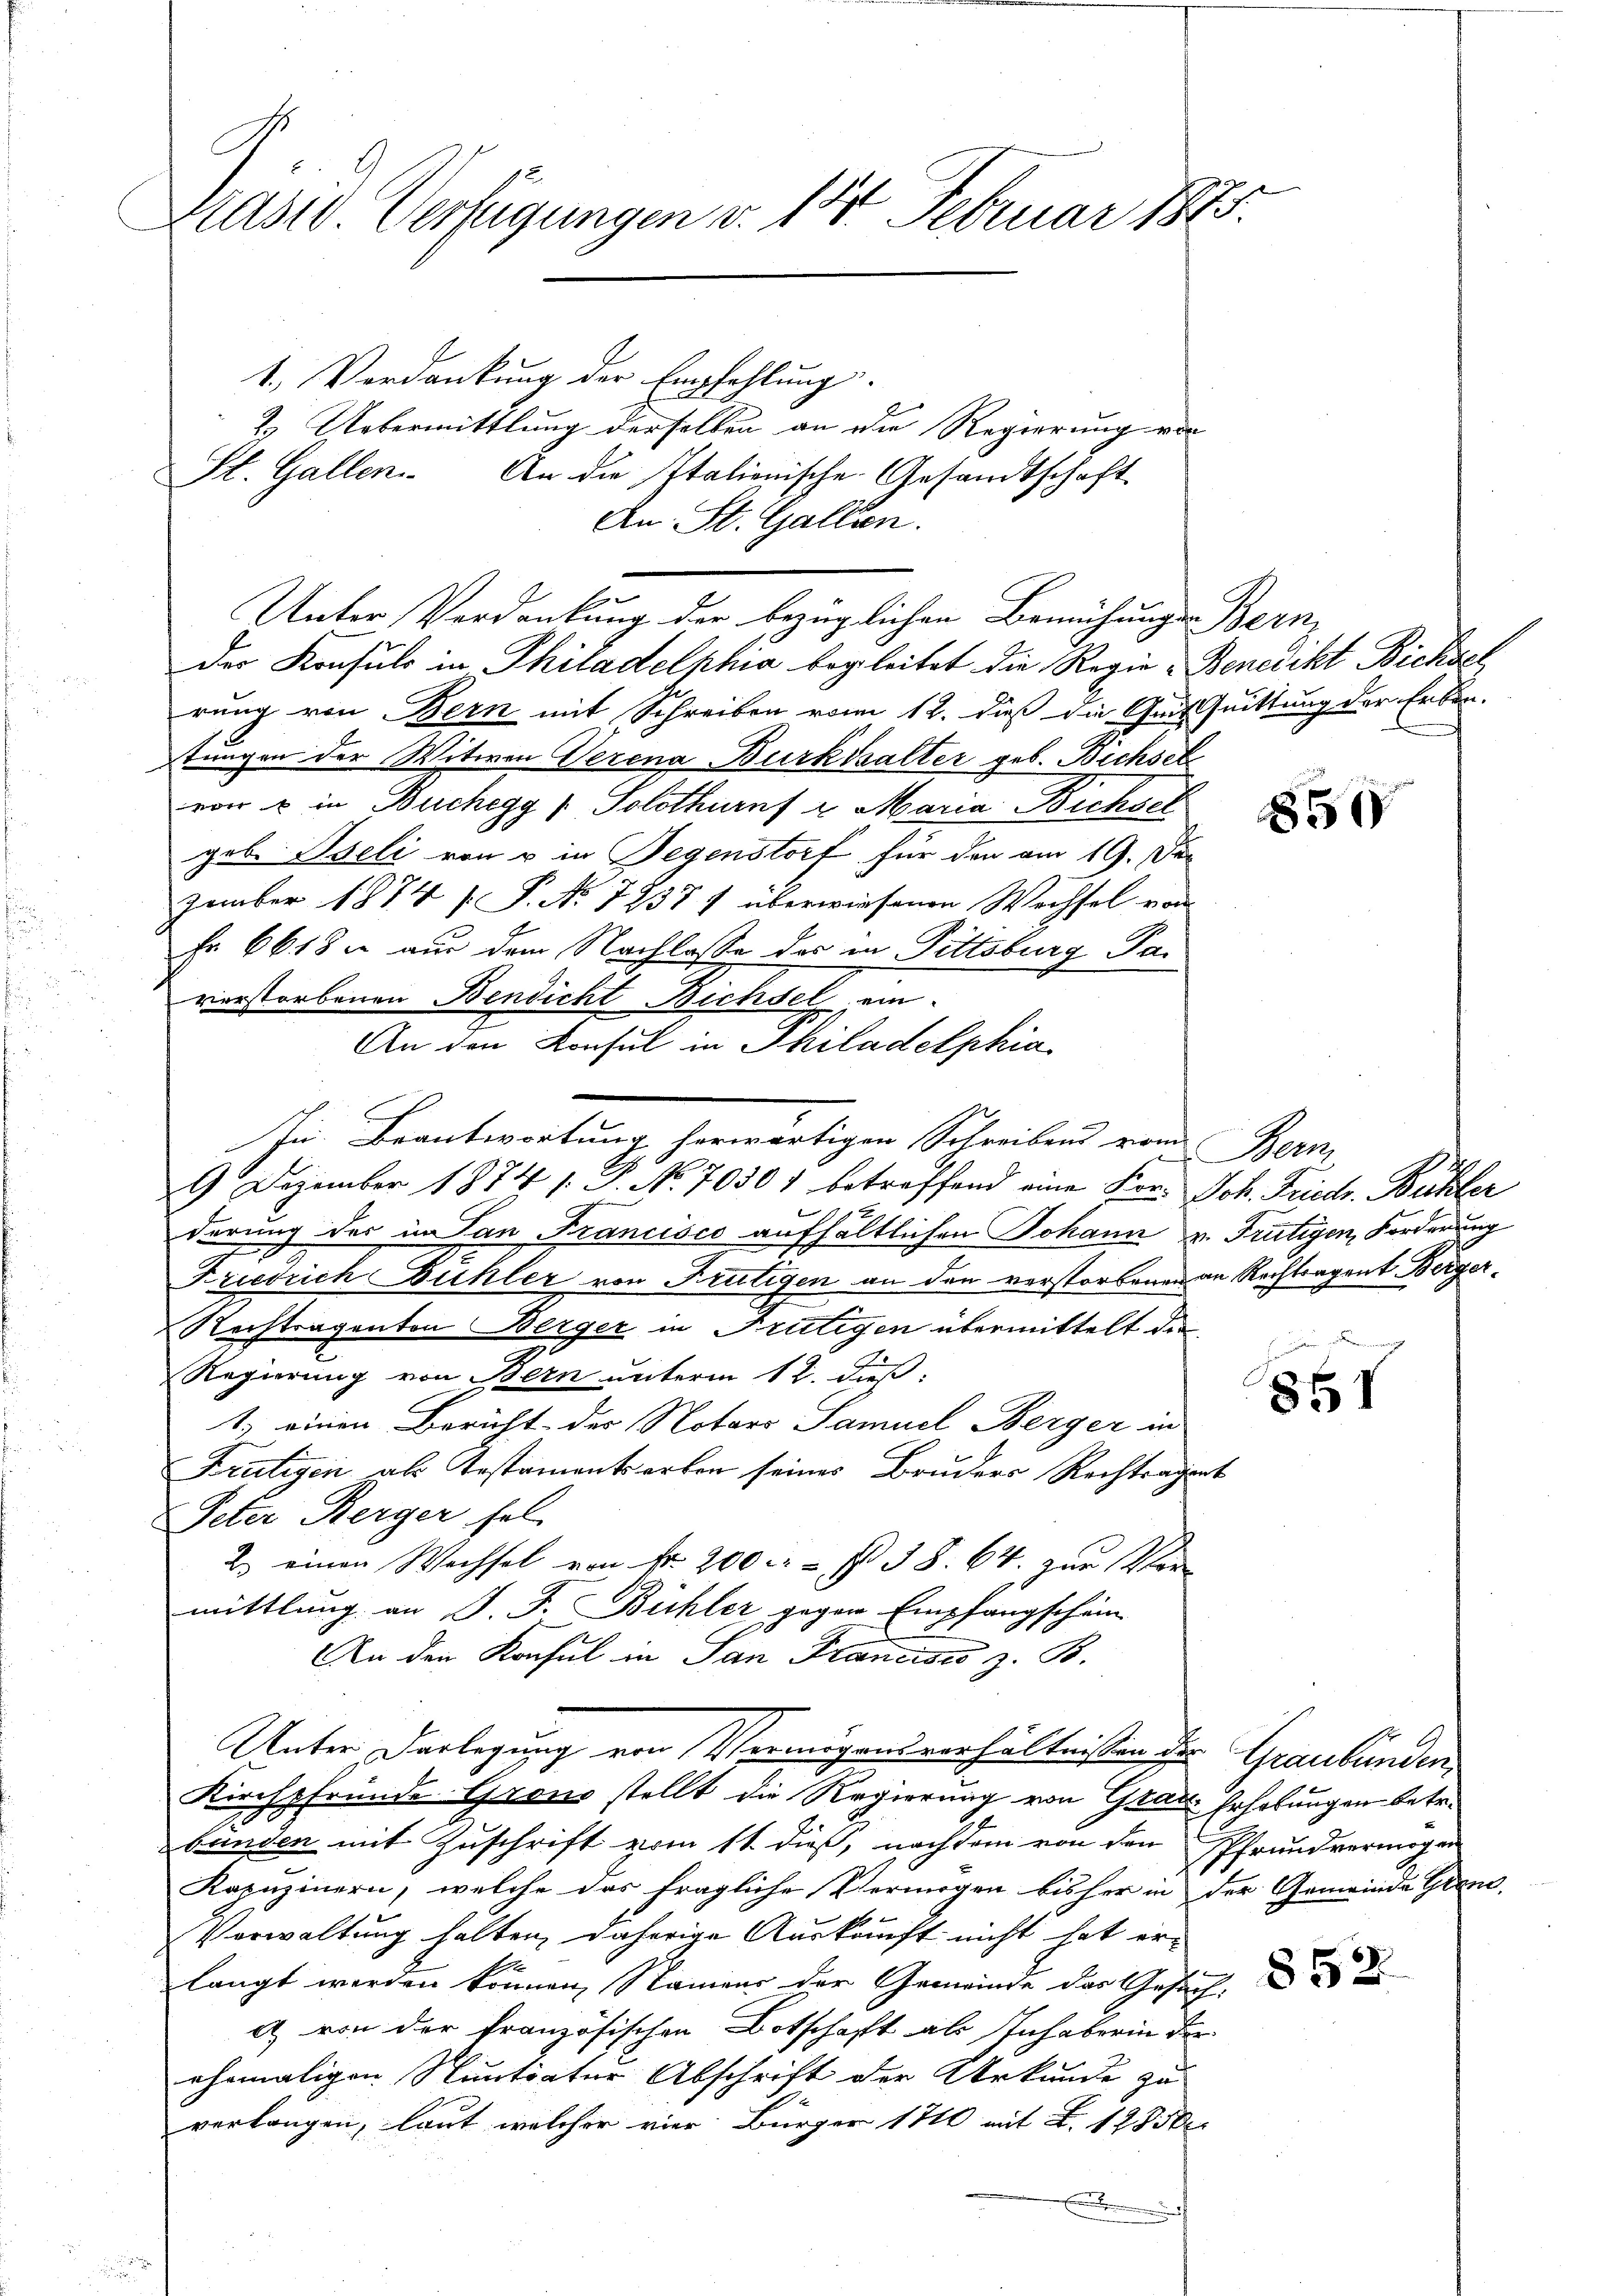
Präsid. Verfügungen v. 14. Februar 1883.

1. Verdankung der Empfehlung.
2. Uebermittlung derselben an die Regierung von
St. Gallen. An die Italionische Gesandtschaft
der Konsuls in Philadelphia begleitet die Regie-Benedikt Bichsel
rung von Bern mit Schreiben vom 12. dieß die Grituittung der Erben-
tungen der Witwen Verena Burkhalter geb. Bichseh
a u in Buchegg / Solothurn u. Maria Bichsch
geb. Iseli von u in Segenstort für den am 19. Dec
zember 1874 [ P. No 7838 f überwiesenen Wechsel von
Fr. 6618 u. aus dem Nachlasse des in Pittsburg Par
verstorbenen Bendicht Bichsel ein
An den Konsul in Philadelphia
In Beantwortung herwärtigen Schreibens vom Bern,
9 Dezember 1874 1. P. No. 7050) betreffend eine Ver- Joh. Friedr. Bühler
derung des im San Francisco aufhältlichen Johann u. Frutigen, Forderung
Friedrich Bühler von Frutigen an den verstorbenen an Rechtragent Berger¬
Rechtragenten Berger in Frutigen übermittelt die
Regierung von Bern unterm 12. Fuß.
1. einen Bericht des Notars Samuel Berger in
Frutigen als Testamentserken seines Bruders Rechträgert
Peter Berger fel
2) einen Wechsel von Nr. 200     38. 64. zur Ver
mittlung an J. J. Bühler gegen Empfangschein
An den Konsul in San Francisco z. B.
Unter Darlegung von Vermögensverhältnissen der
Kirchpfrunde Grons stellt die Regierung von Grau, Erholungen betr.
bünden mit Zuschrift vom 11. dieß, nachdem von den
Kapuzinern, welche das fragliche Vermögen bisher in der Gemeinde Grand,
Verwaltung halten, daherige Auskunft nicht hat erlangt werden können, Namens der Gemeinde das Gesina) von der französischen Botschaft als Inhaberin der
ehemaligen Stentiatur Abschrift der Urkunde zu
verlangen, laut welcher vier Bürger 1710 mit L. 1285
.

An St. Gallen.
Unter Verdankung der bezüglichen Bemühungs-Bern

850

a

861

Graubünden
Pfrundvermögen

852